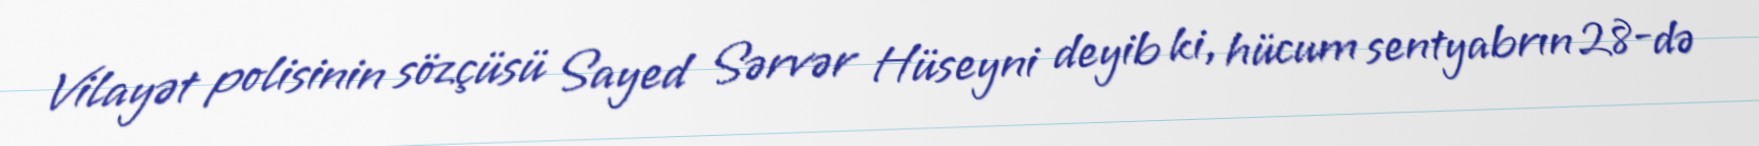
Vilayət polisinin sözçüsü Sayed Sərvər Hüseyni deyib ki, hücum sentyabrın 28-də